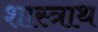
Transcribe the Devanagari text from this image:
शास्त्राथ